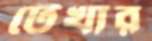
টেখার